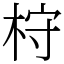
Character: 𣑋